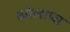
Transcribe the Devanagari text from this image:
कोलाप्स